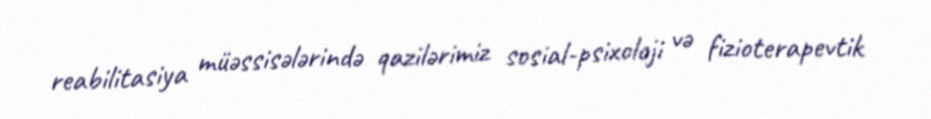
reabilitasiya müəssisələrində qazilərimiz sosial-psixoloji və fizioterapevtik